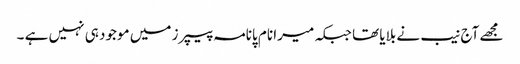
مجھے آج نیب نے بلایا تھا جبکہ میرا نام پانامہ پیپرز میں موجود ہی نہیں ہے ۔